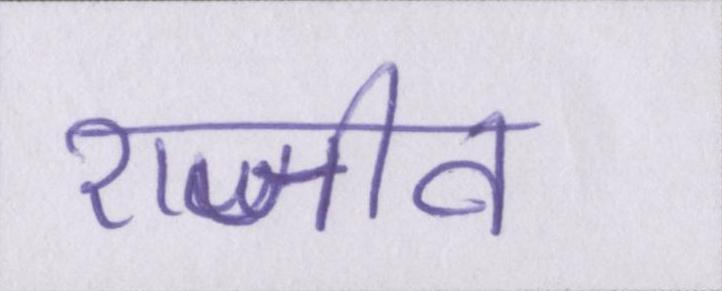
राजीव